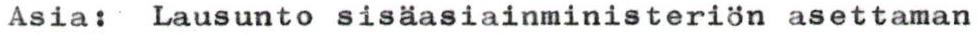
Asia: Lausunto sisäasiainministeriön asettaman